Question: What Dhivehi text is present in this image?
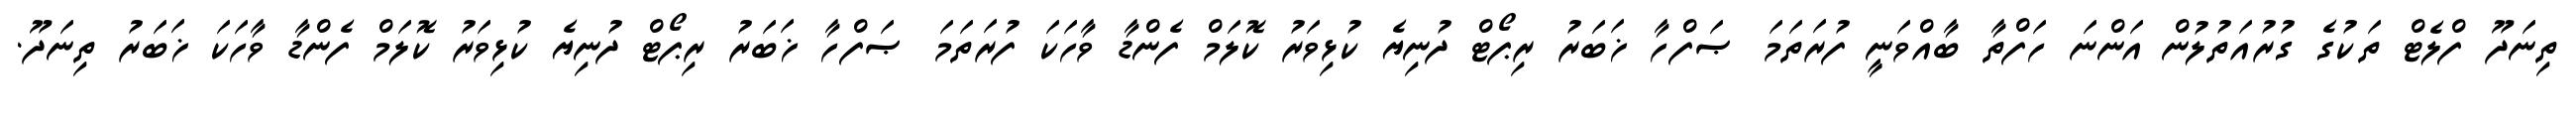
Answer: ތިނަދޫ ފްލެޓް ތަކުގެ ގުރުއަތުލުން އަންނަ ހަފްތާ ބާއްވަނީ ފުރަތަމަ ޞަފްހާ ޚަބަރު ރިޕޯޓް ދުނިޔެ ކުޅިވަރު ކޮލަމް ފެންޑާ ވާހަކަ ފުރަތަމަ ޞަފްހާ ޚަބަރު ރިޕޯޓް ދުނިޔެ ކުޅިވަރު ކޮލަމް ފެންޑާ ވާހަކަ ޚަބަރު ތިނަދޫ.